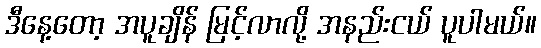
ဒီနေ့တော့ အပူချိန် မြင့်လာလို့ အနည်းငယ် ပူပါမယ်။